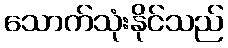
သောက်သုံးနိုင်သည်